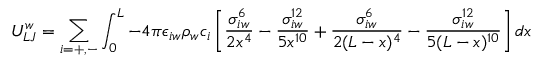
U _ { L J } ^ { w } = \sum _ { i = + , - } \int _ { 0 } ^ { L } - 4 \pi \epsilon _ { i w } \rho _ { w } c _ { i } \left[ \frac { \sigma _ { i w } ^ { 6 } } { 2 x ^ { 4 } } - \frac { \sigma _ { i w } ^ { 1 2 } } { 5 x ^ { 1 0 } } + \frac { \sigma _ { i w } ^ { 6 } } { 2 ( L - x ) ^ { 4 } } - \frac { \sigma _ { i w } ^ { 1 2 } } { 5 ( L - x ) ^ { 1 0 } } \right] d x